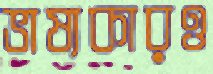
ভাষ্যকারও